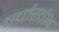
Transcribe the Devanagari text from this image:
चर्चास्तंभ